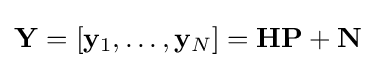
\mathbf {Y} =[\mathbf {y} _{1},\ldots ,\mathbf {y} _{N}]=\mathbf {H} \mathbf {P} +\mathbf {N}